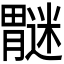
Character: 𫆿